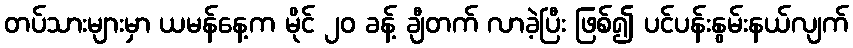
တပ်သားများမှာ ယမန်နေ့က မိုင် ၂၀ ခန့် ချီတက် လာခဲ့ပြီး ဖြစ်၍ ပင်ပန်းနွမ်းနယ်လျက်